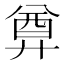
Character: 𢍜